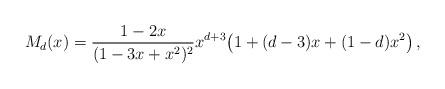
LaTeX: \begin{align*}M_d(x)=\frac{1-2x}{(1-3x+x^2)^2}x^{d+3}\big(1+(d-3)x+(1-d)x^2\big)\,,\end{align*}